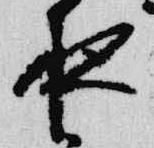
夜